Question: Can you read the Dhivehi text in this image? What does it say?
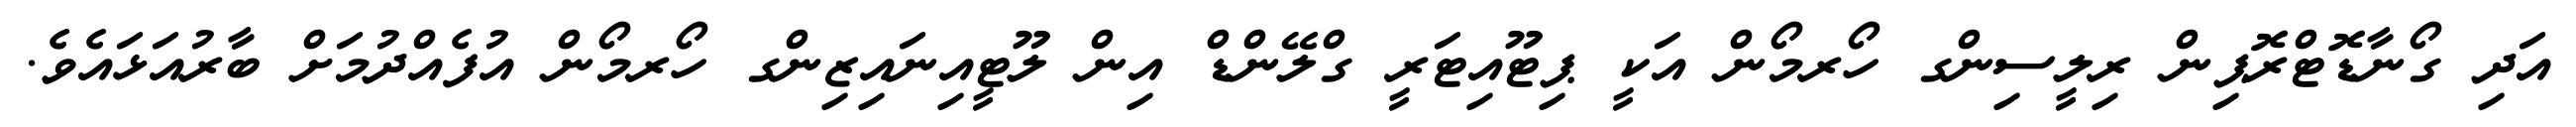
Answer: އަދި ގޯނާޑޮޓްރޮޕިން ރިލީސިންގ ހޯރމޯން އަކީ ޕިޓޫއިޓަރީ ގްލޭންޑް އިން ލޫޓީއިނައިޒިންގ ހޯރމޯން އުފެއްދުމަށް ބާރުއަޅައެވެ.